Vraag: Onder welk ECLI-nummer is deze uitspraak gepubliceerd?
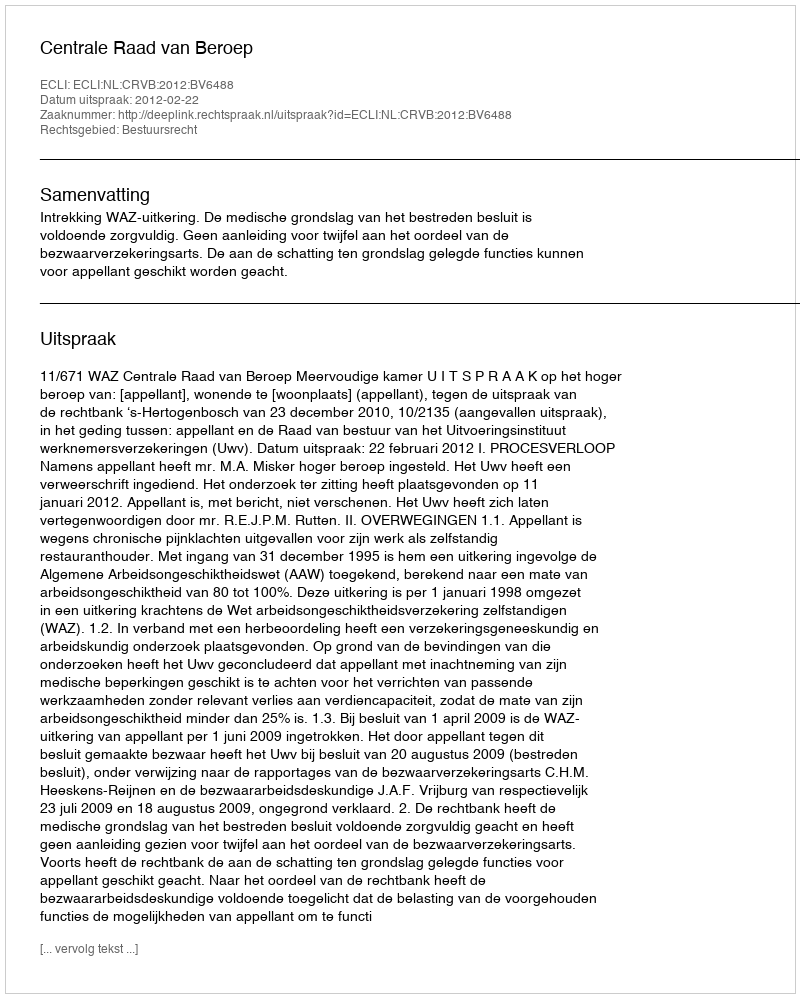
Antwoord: ECLI:NL:CRVB:2012:BV6488